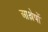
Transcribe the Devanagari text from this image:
आश्लेषों